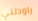
راودتني